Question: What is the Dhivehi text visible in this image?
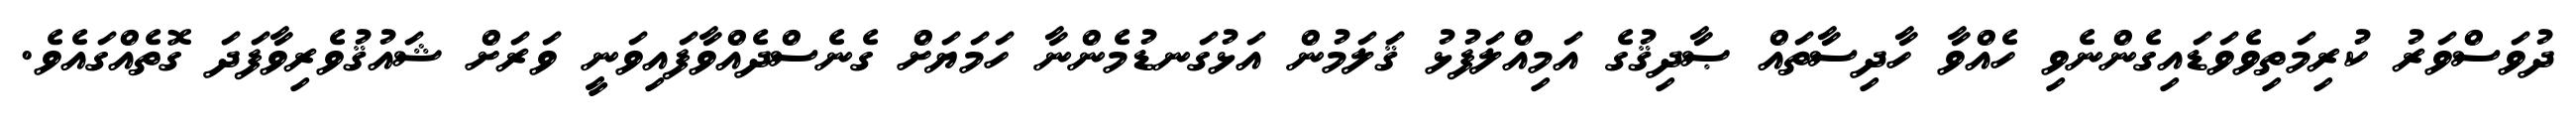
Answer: ދުވަސްވަރު ކުރިމަތިވެވަޑައިގެންނެވި ހެއްވާ ހާދިސާތައް ޞާދިޤުގެ އަމިއްލަފުޅު ޤަލަމުން އަޅުގަނޑުމެންނާ ހަމަޔަށް ގެނެސްދެއްވާފައިވަނީ ވަރަށް ޝައުޤުވެރިވާފަދަ ގޮތެއްގައެވެ.